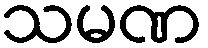
သမဏ